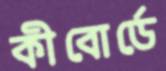
কীবোর্ডে